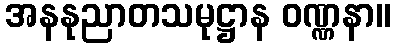
အနနုညာတသမုဋ္ဌာန ဝဏ္ဏနာ။